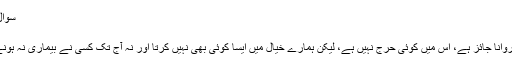
سوال پوچھنے والے کا نام: ابوخبیب حمیداللہ
مقام: پشاور، پاکستان
اسلام میں بیماری سے پہلے ہی علاج کروانا جائز ہے، اس میں کوئی حرج نہیں ہے، لیکن ہمارے خیال میں ایسا کوئی بھی نہیں کرتا اور نہ آج تک کسی نے بیماری نہ ہونے کی وجہ سے اس کا علاج کروایا ہے۔